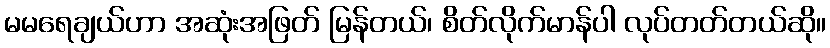
မမရေချယ်ဟာ အဆုံးအဖြတ် မြန်တယ်၊ စိတ်လိုက်မာန်ပါ လုပ်တတ်တယ်ဆို။